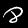
Digit: 8